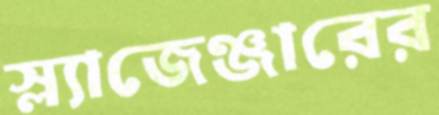
স্ল্যাজেঞ্জারের